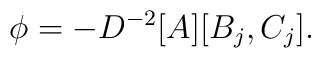
\phi=-D^{-2}[A][B_{j},C_{j}].